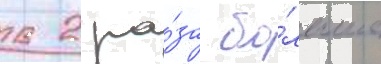
в 2 ра́за бо́льше